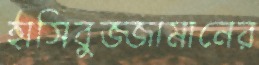
হাসিবুজ্জামানের